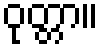
ဝုတ္တာ။